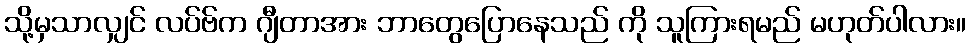
သို့မှသာလျှင် လပ်ဗ်က ဂျီတာအား ဘာတွေပြောနေသည် ကို သူကြားရမည် မဟုတ်ပါလား။